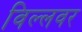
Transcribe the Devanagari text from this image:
विल्लवर